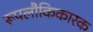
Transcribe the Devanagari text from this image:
रूपलौकिकारक